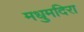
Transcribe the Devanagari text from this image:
मधुमदिरा